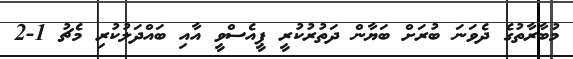
މުބާރާތުގެ ދެވަނަ ބުރަށް ބަޔާން ދަތުރުކުރީ ޕީއެސްވީ އާއި ބައްދަލުކުރި މެޗު 1-2